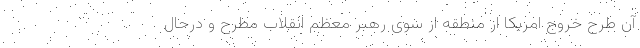
آن طرح خروج امریکا از منطقه از سوی رهبر معظم انقلاب مطرح و درحال